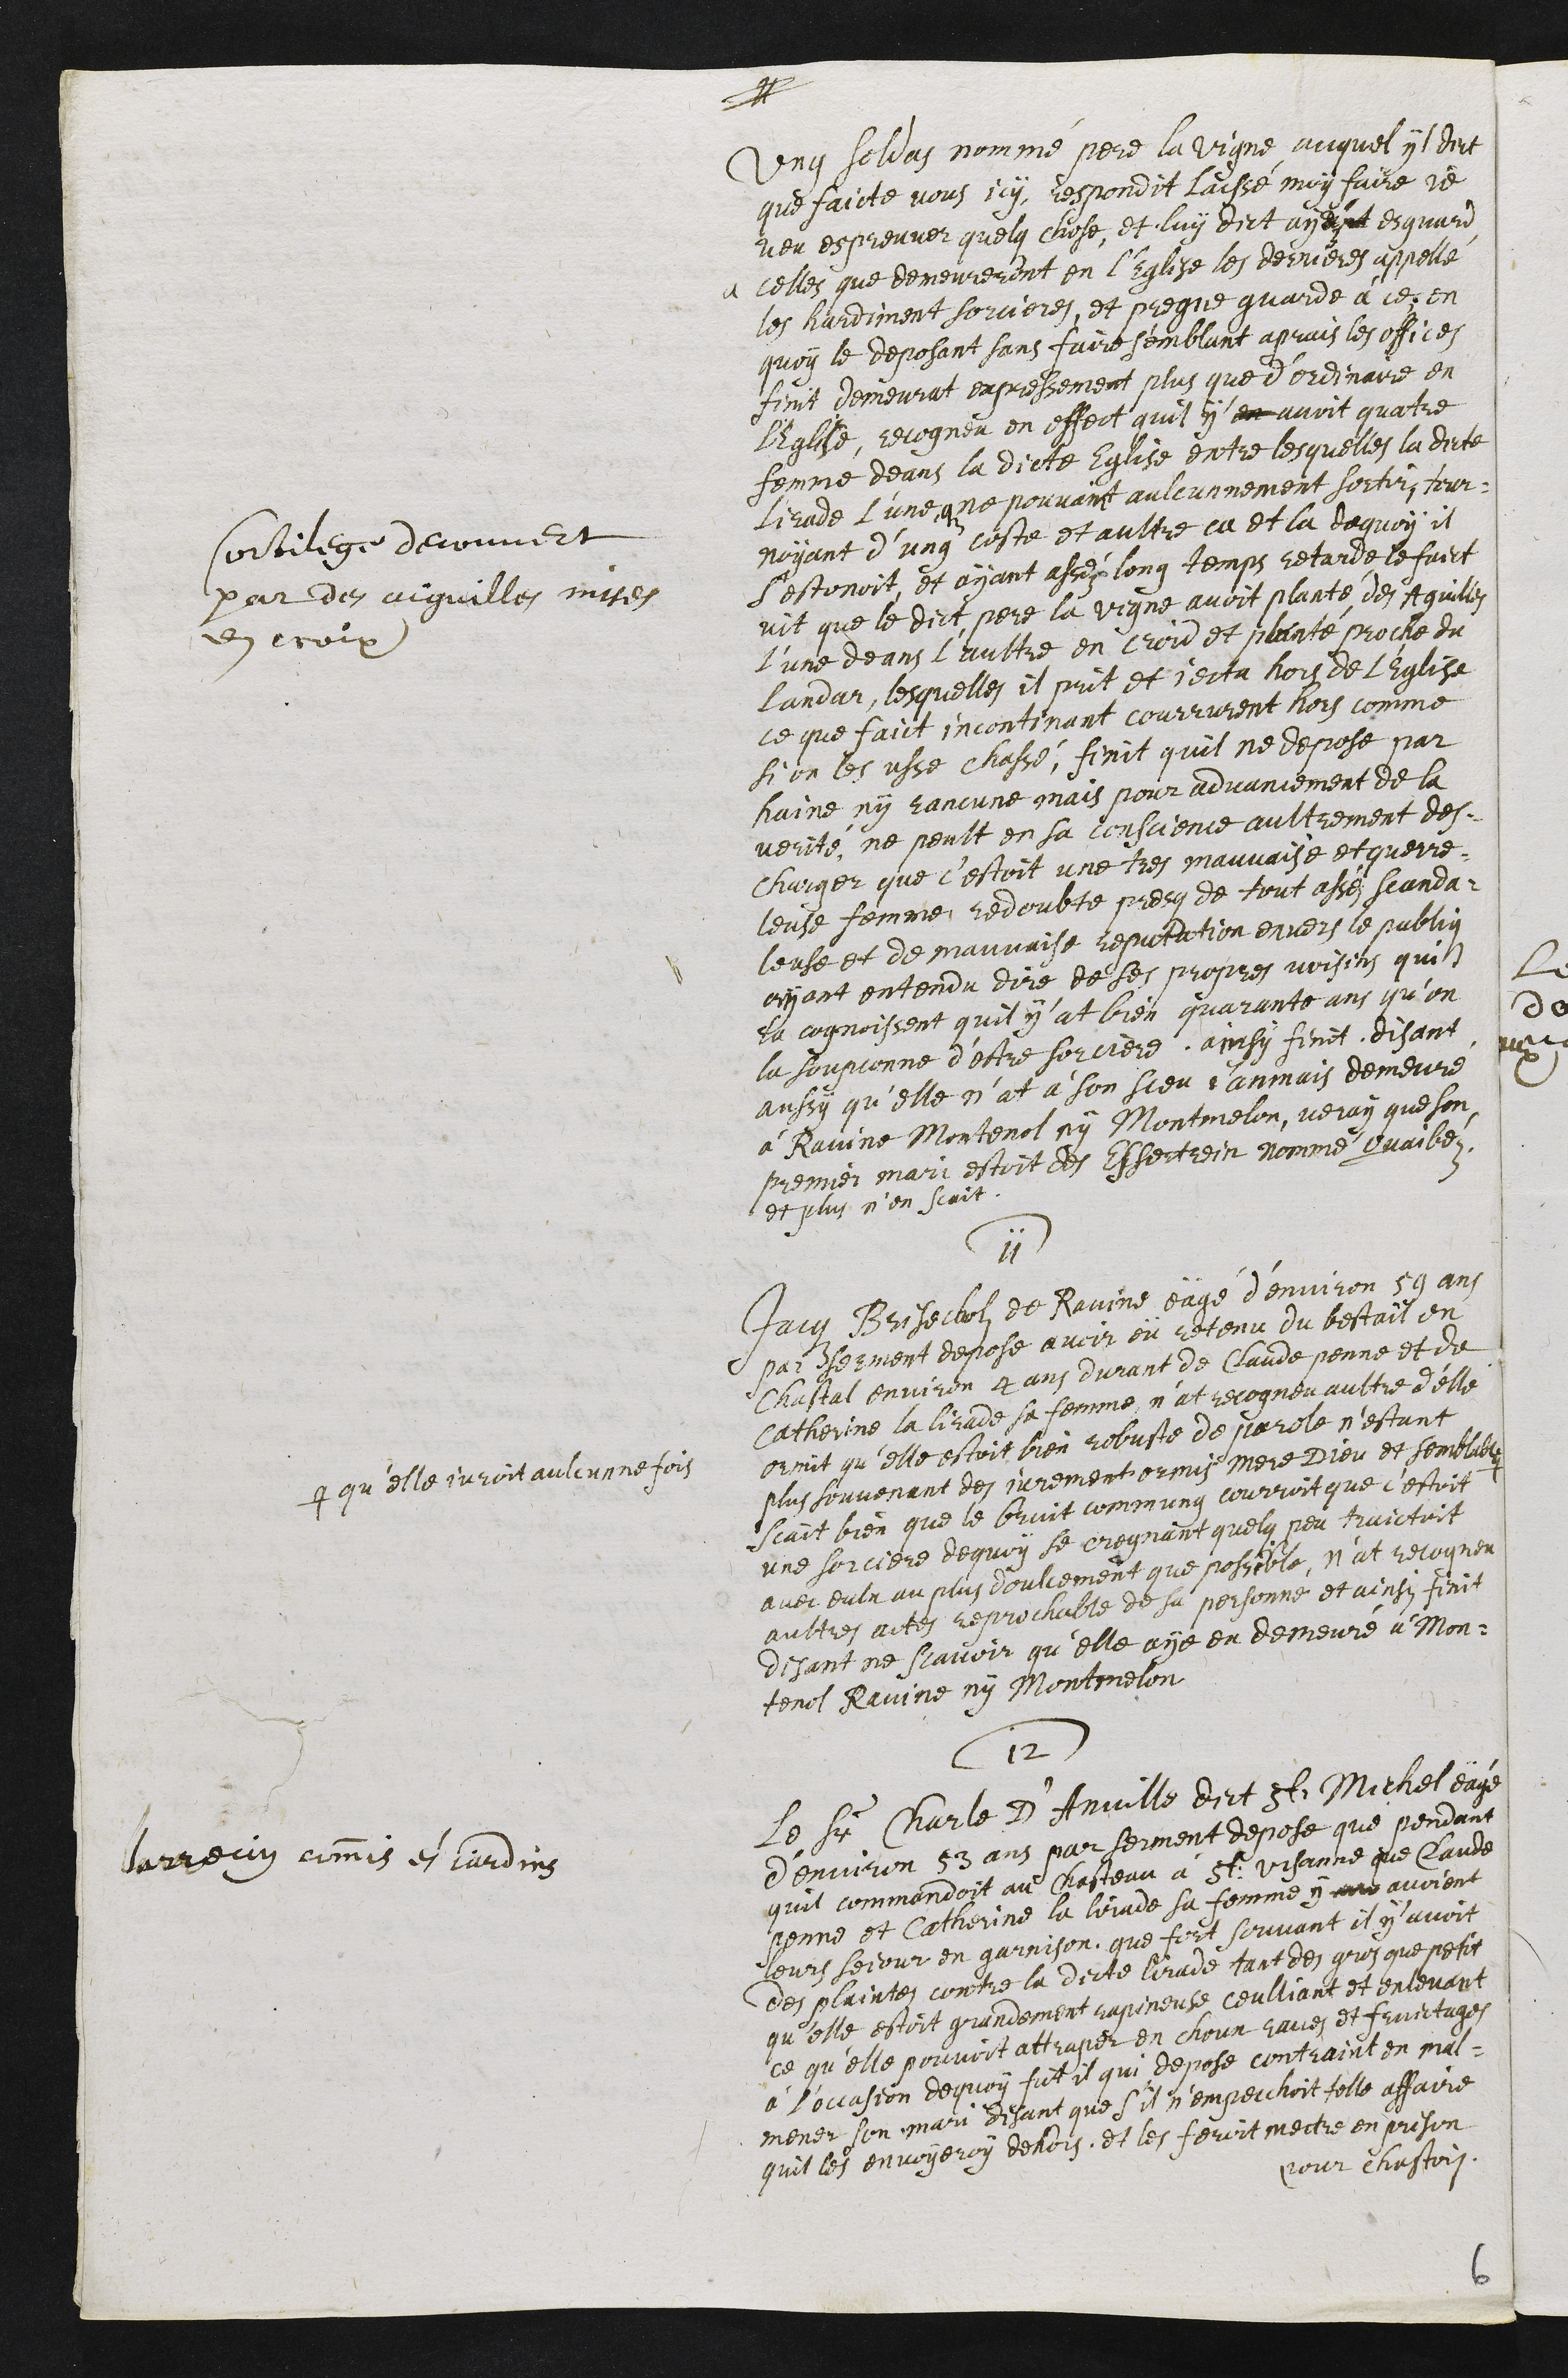
sortilege decouvert
par des aiguilles mises
en croix :
Ung soldas nomme pere la vigne, auquel yl dict
que faicte vous icy, respondit laissé moy faire je
veu espreuver quelque chose et luy dict ayant esguard
a celles que demeureront en l’Eglise les dernieres appellé
les hardiment sorcieres, et pregne guarde à ce. en
quoy le deposant sans faire semblant aprais les offices
finit demeurat expressement plus que d’ordinaire en
l'Eglise, recogneu en effect quil y en avoit quatre
femme deans la dicte Eglise entre lesquelles la dicte
Lirade l’une que ne pouvant aulcunnement sortir, tour¬
noyant d'ung coste et aultre ca et la dequoy il
s'estonoit et ayant assez long temps retarde le faict
vit que le dict pere la vigne avoit planté des Aguilles
l’une deans laultre en croid et planté proche du
landar, lesquelles il prit et jecta hors de l’Eglise
ce que faict incontinant courrurent hors comme
si on les usse chassé, finit quil ne depose par
haine, ny rancune mais pour advancement de la
verité, ne peult en sa conscience aultrement des¬
charger que c’estoit une tres mauvaise et querre¬
leuse femme redoubte presq de tout assez scanda¬
leuse et de mauvaise reputation envers le publiq
ayant entendu dire de ses propres voisins qui
la cognoissent qu’il y'at bien quarante ans qu'on
la soupconne d’estre sorciere. ainsi finit, disant
aussy qu'elle n'at à son sceu j'anmais demeuré
à Ravine Montenol ny Montmelon, veray que son
premier mari estoit des Essertrain nommé Guaibez
et plus n'en scait.
11
Jacq Brisecholz de Ravine eägé d’environ 50 ans
par serment depose avoir eü retenu du bestail en
Chastal environ 4 ans durant de Claude Penne et de
Catherine la lirade sa femme, nat recogneu aultre d'elle
ormit qu’elle estoit bien robuste de parole n’estant
plus souvenant des serement ormis Mere Dieu et semblable #
# qu’elle juroit aulcunne fois
scait bien que le bruit commung courroit que c’estoit
une sorciere de quoy se cregnant quelq peu traictoit
avec eulx au plus doulcement que possible, n'at recogneu
aultres actes reprochable de sa personne et ainsi finit
disant ne scavoir qu'elle aye eu demeuré à Mon¬
tenol Ravine ny Montmelon
12
larrecin commis es jardins :
Le Sr Charle d'Anville dict St Michel eägé
d'environ 53 ans par serment depose que pendant
quil commandoit au Chasteau à St Ursanne que Claude
penne et Catherine la lirade sa femme y avoient
leurs sejour en garnison que fort souvant il y'avoit
des plaintes contre la dicte lirade tant des gros que petit
qu'elle estoit grandement rapineuse ceulliant et enlevant
ce qu’elle pouvoit attraper en choux raves et fruictages
à L'occasion dequoy fut il qui depose contraint en mal¬
mener son mari disant que s’il n’empeichoit telle affaire
quil les envoyeroy dehors, et les feroit mectre en prison
pour chastois.
6